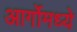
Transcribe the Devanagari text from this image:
आर्गोमध्ये